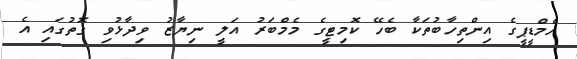
އެމްޑީޕީގެ އިންތިހާބުތަކާ ބެހޭ ކޮމިޓީގެ މެމްބަރު އަލީ ނިޔާޒު ވިދާޅުވި ގޮތުގައި އެ